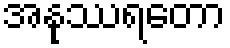
အနုဿရတော